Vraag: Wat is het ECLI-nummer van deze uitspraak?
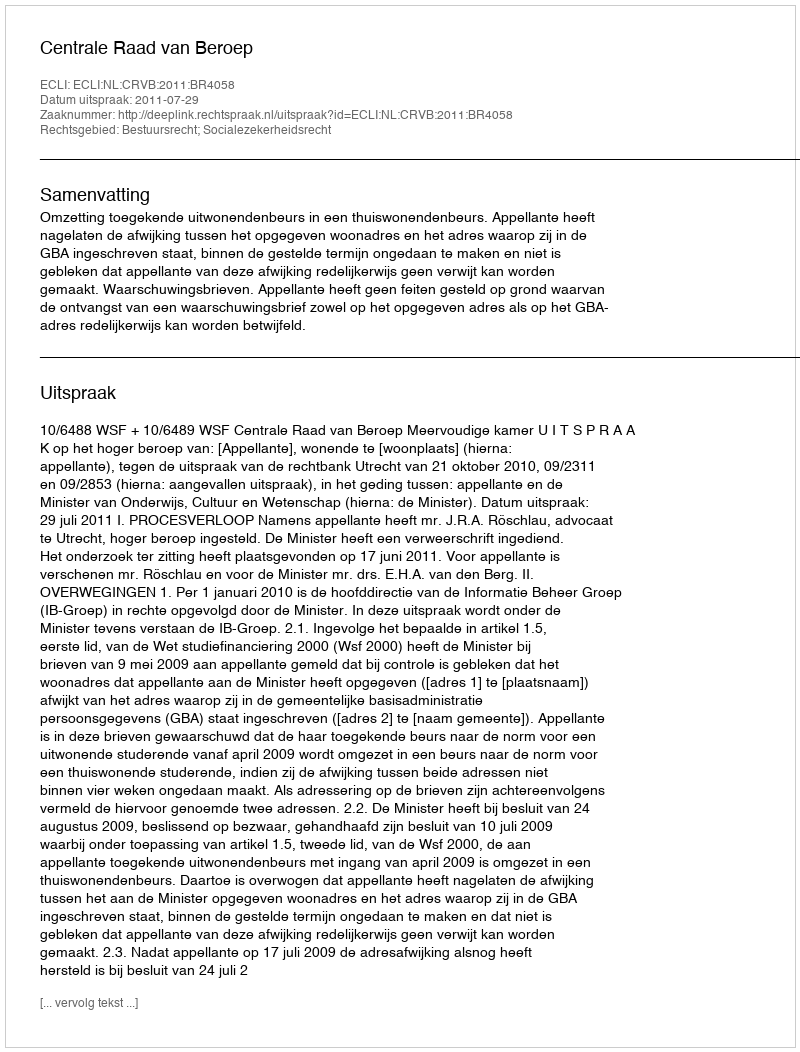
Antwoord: ECLI:NL:CRVB:2011:BR4058